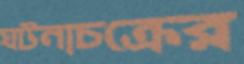
ঘটনাচক্রের